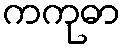
ကကုဓာ